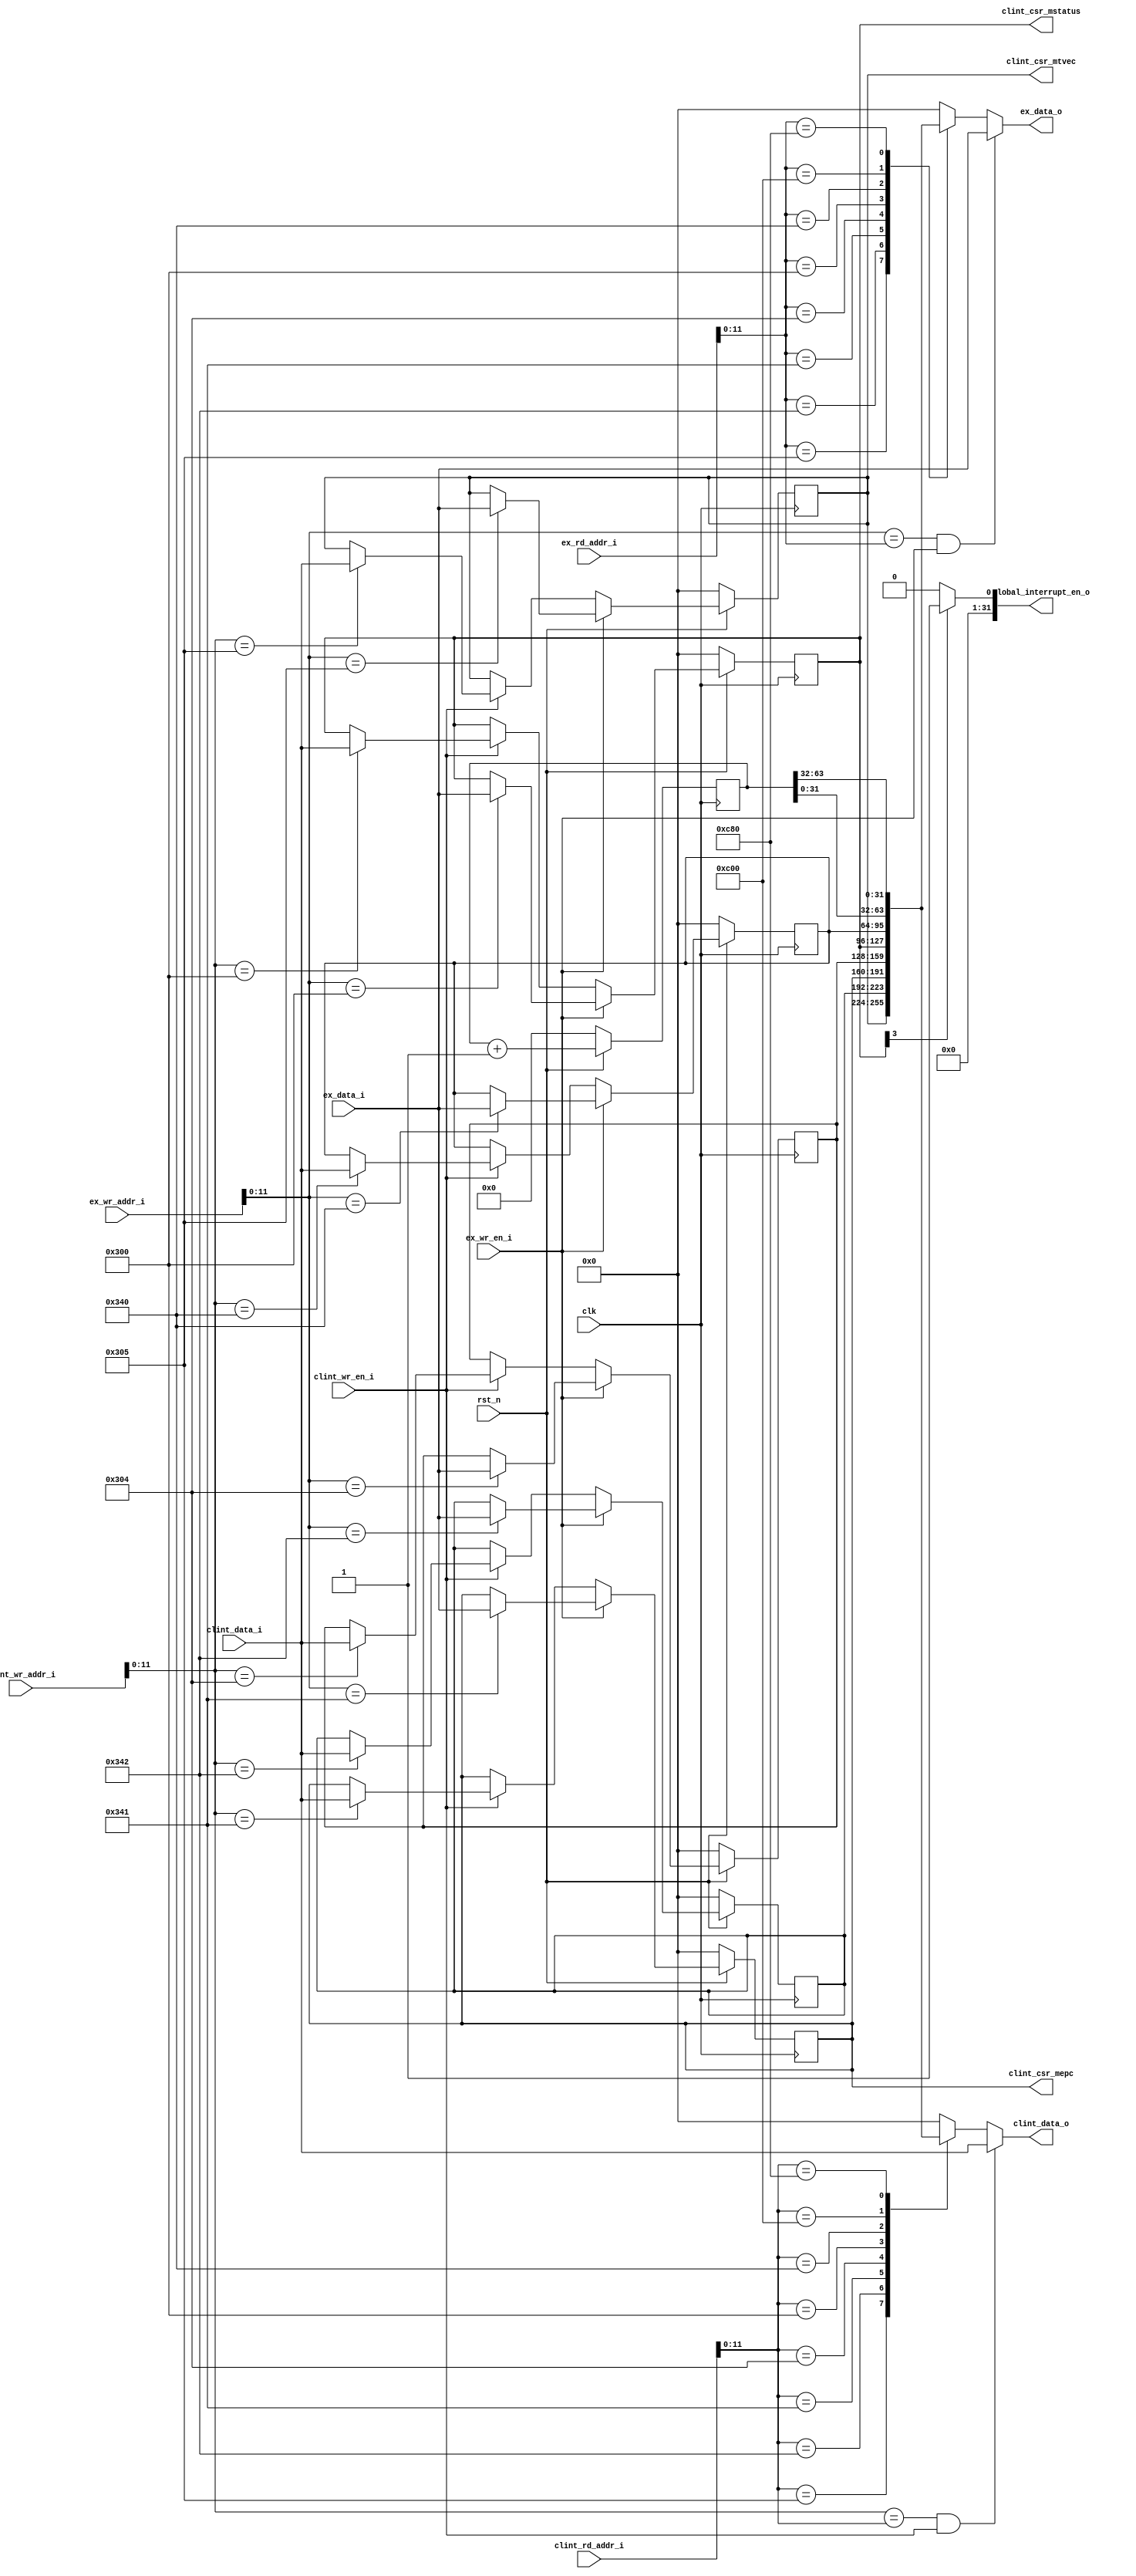
module csr_reg(
input clk,
input rst_n,
input ex_wr_en_i,
input [31:0] ex_rd_addr_i,
input [31:0] ex_wr_addr_i,
input [31:0] ex_data_i,
input clint_wr_en_i,
input [31:0] clint_rd_addr_i,
input [31:0] clint_wr_addr_i,
input [31:0] clint_data_i,
output [31:0] global_interrupt_en_o,
output reg [31:0] clint_data_o,
output [31:0] clint_csr_mtvec,
output [31:0] clint_csr_mepc,
output [31:0] clint_csr_mstatus,
output reg [31:0] ex_data_o
);

reg [63:0] cycle;
reg [31:0] mtvec;
reg [31:0] mcause;
reg [31:0] mepc;
reg [31:0] mie;
reg [31:0] mstatus;
reg [31:0] mscratch;

assign global_interrupt_en_o = (mstatus[3] == 1'b1) ? 1 : 0;
assign clint_csr_mtvec = mtvec;
assign clint_csr_mepc = mepc;
assign clint_csr_mstatus = mstatus;

always@(posedge clk) begin
	if(rst_n == 0) begin
		cycle <= 0;
	end else begin
		cycle <= cycle + 1'b1;
	end
end

always@(posedge clk) begin
	if (rst_n == 0) begin
		mtvec <= 0;
		mcause <= 0;
		mepc <= 0;
		mie <= 0;
		mstatus <= 0;
		mscratch <= 0;
	end else begin
		if(ex_wr_en_i == 1) begin
			case(ex_wr_addr_i[11:0])
				12'h305:begin 
					mtvec <= ex_data_i;
				end
				12'h342:begin 
					mcause <= ex_data_i;
				end
				12'h341:begin 
					mepc <= ex_data_i;
				end
				12'h304:begin 
					mie <= ex_data_i;
				end
				12'h300:begin 
					mstatus <= ex_data_i;
				end
				12'h340:begin 
					mscratch <= ex_data_i;
				end
				default:begin
				end
			endcase
		end else if (clint_wr_en_i == 1) begin
			case(clint_wr_addr_i[11:0])
				12'h305:begin 
					mtvec <= clint_data_i;
				end
				12'h342:begin 
					mcause <= clint_data_i;
				end
				12'h341:begin 
					mepc <= clint_data_i;
				end
				12'h304:begin 
					mie <= clint_data_i;
				end
				12'h300:begin 
					mstatus <= clint_data_i;
				end
				12'h340:begin 
					mscratch <= clint_data_i;
				end
				default:begin
				end
			endcase
		end
	end
end

always@(*) begin
	if ((ex_wr_addr_i[11:0] == ex_rd_addr_i[11:0]) && (ex_wr_en_i == 1)) begin
		ex_data_o = ex_data_i;
	end else begin
		case (ex_rd_addr_i[11:0])
			12'h305:begin 
				ex_data_o <= mtvec; 
			end
			12'h342:begin 
				ex_data_o <= mcause; 
			end
			12'h341:begin 
				ex_data_o <= mepc;
			end
			12'h304:begin 
				ex_data_o <= mie;
			end
			12'h300:begin 
				ex_data_o <= mstatus;
			end
			12'h340:begin 
				ex_data_o <= mscratch;
			end
			12'hc00:begin //CYCLE
				ex_data_o <= cycle[31:0];
			end
			12'hc80:begin //CYCLEH
				ex_data_o <= cycle[63:32];
			end
			default:begin
				ex_data_o <= 0;
			end
		endcase
	end
end

always@(*) begin
	if ((clint_wr_addr_i[11:0] == clint_rd_addr_i[11:0]) && (clint_wr_en_i == 1)) begin
		clint_data_o = clint_data_i;
	end else begin
		case (clint_rd_addr_i[11:0])
			12'h305:begin 
				clint_data_o <= mtvec; 
			end
			12'h342:begin 
				clint_data_o <= mcause; 
			end
			12'h341:begin 
				clint_data_o <= mepc;
			end
			12'h304:begin 
				clint_data_o <= mie;
			end
			12'h300:begin 
				clint_data_o <= mstatus;
			end
			12'h340:begin 
				clint_data_o <= mscratch;
			end
			12'hc00:begin //CYCLE
				clint_data_o <= cycle[31:0];
			end
			12'hc80:begin //CYCLEH
				clint_data_o <= cycle[63:32];
			end
			default:begin
				clint_data_o <= 0;
			end
		endcase
	end
end

endmodule